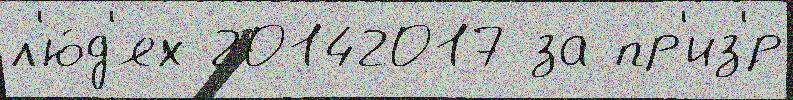
л'ю́д'ях 20142017 за пр'из'́р